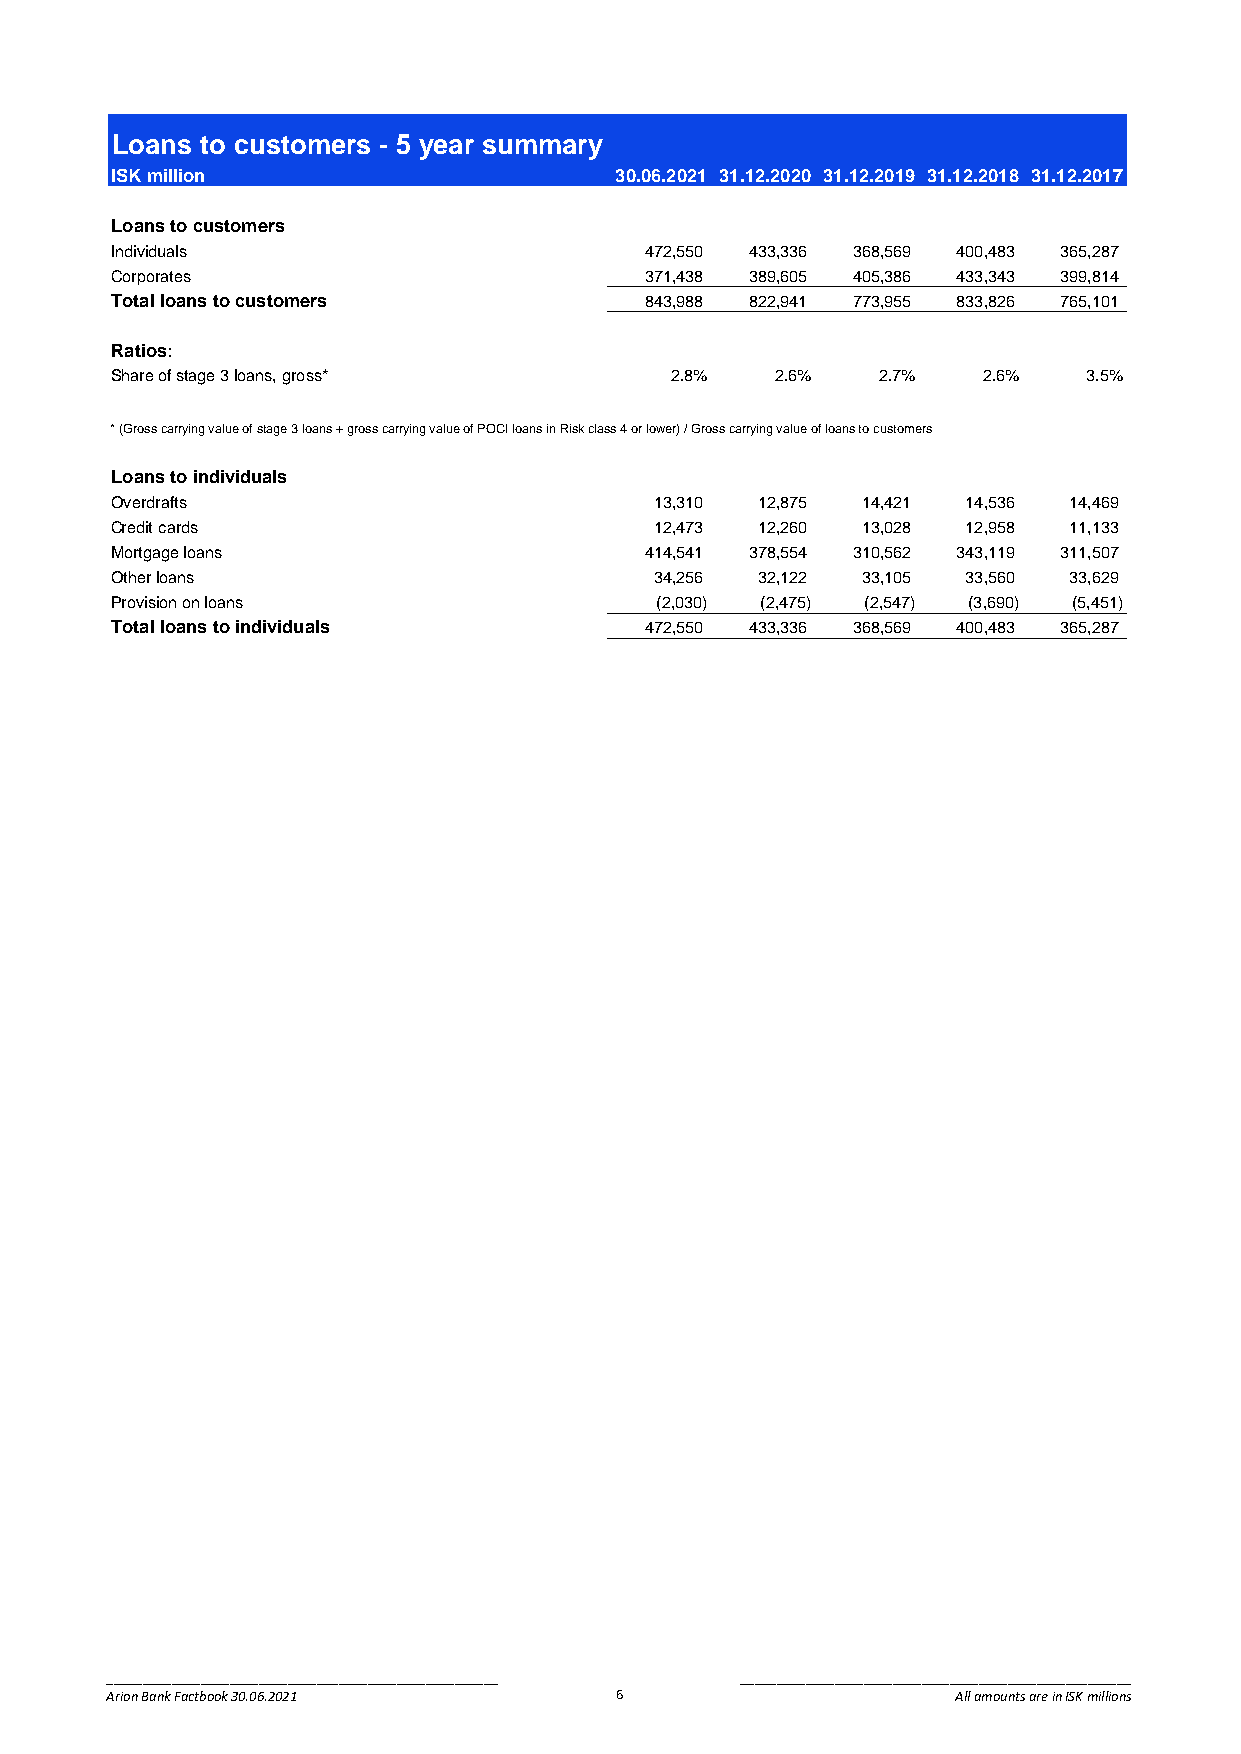
Loans to customers - 5 year summary
 2      6     10     14
 ISK million                       30.06.2021 31.12.2020 31.12.2019 31.12.2018 31.12.2017
 Loans to customers
 Individuals                         472,550 433,336 368,569 400,483 365,287
 Corporates                          371,438 389,605 405,386 433,343 399,814
 Total loans to customers            843,988 822,941 773,955 833,826 765,101
 Ratios:
 Share of stage 3 loans, gross*       2.8%   2.6%   2.7%   2.6%   3.5%
 * (Gross carrying value of stage 3 loans + gross carrying value of POCI loans in Risk class 4 or lower) / Gross carrying value of loans to customers
 Loans to individuals
 Overdrafts                          13,310 12,875 14,421 14,536 14,469
 Credit cards                        12,473 12,260 13,028 12,958 11,133
 Mortgage loans                      414,541 378,554 310,562 343,119 311,507
 Other loans                         34,256 32,122 33,105 33,560 33,629
 Provision on loans                  (2,030) (2,475) (2,547) (3,690) (5,451)
 Total loans to individuals          472,550 433,336 368,569 400,483 365,287
 ______________________________________________________ ______________________________________________________
 Arion Bank Factbook 30.06.2021    6                     All amounts are in ISK millions